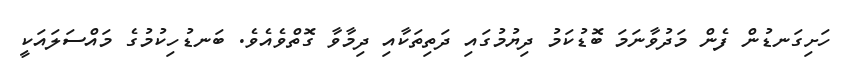
ހަށިގަނޑުން ފެން މަދުވާނަމަ ބޮޑުކަމު ދިޔުމުގައި ދަތިތަކާއި ދިމާވާ ގޮތްވެއެވެ. ބަނޑުހިކުމުގެ މައްސަލައަކީ